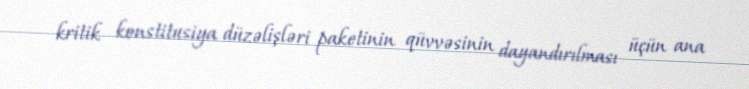
kritik konstitusiya düzəlişləri paketinin qüvvəsinin dayandırılması üçün ana